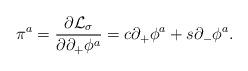
LaTeX: \begin{align*}\pi^a={\partial {\cal L}_{\sigma} \over \partial\partial_+\phi^a}=c\partial_+\phi^a+s\partial_-\phi^a .\end{align*}